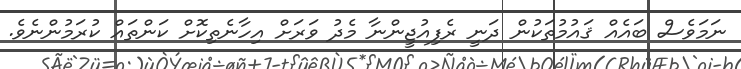
ނަމަވެސް ބައެއް ޤައުމުތަކުން ދަނީ ރެފިއުޖީންނާ މެދު ވަރަށް އިހާނެތިކޮށް ކަަންތައް ކުރަމުންނެވެ.